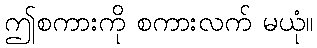
ဤစကားကို စကားလက် မယုံ။